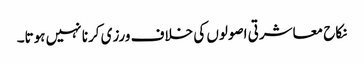
نکاح معاشرتی اصولوں کی خلاف ورزی کرنا نہیں ہوتا۔